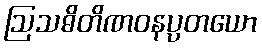
ဩသဓိတိဏဝနပ္ပတယော